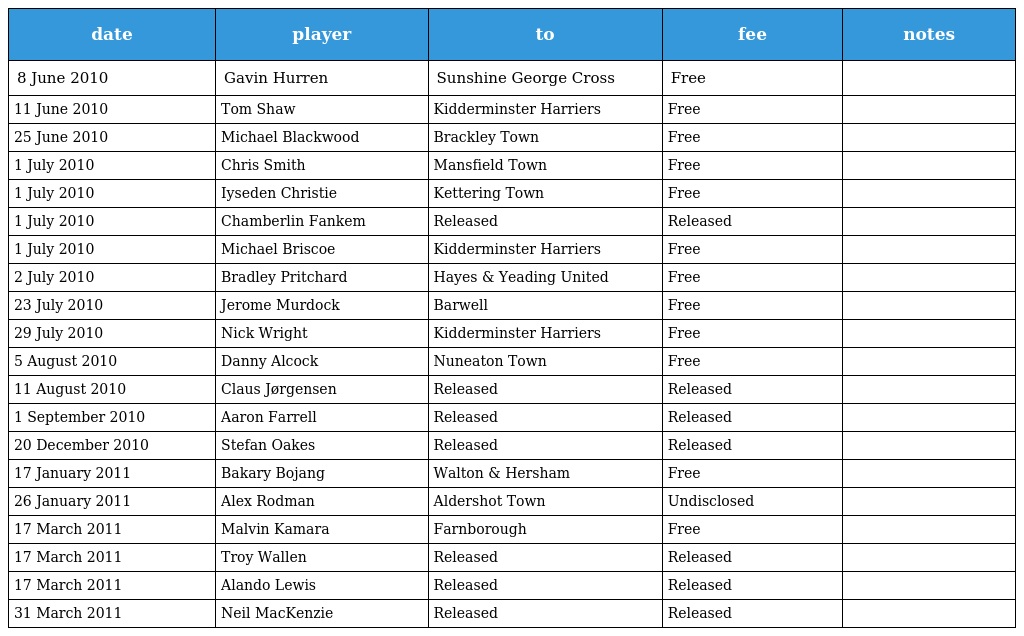
| date | player | to | fee | notes |
 | --- | --- | --- | --- | --- |
 | 8 June 2010 | Gavin Hurren | Sunshine George Cross | Free |  |
 | 11 June 2010 | Tom Shaw | Kidderminster Harriers | Free |  |
 | 25 June 2010 | Michael Blackwood | Brackley Town | Free |  |
 | 1 July 2010 | Chris Smith | Mansfield Town | Free |  |
 | 1 July 2010 | Iyseden Christie | Kettering Town | Free |  |
 | 1 July 2010 | Chamberlin Fankem | Released | Released |  |
 | 1 July 2010 | Michael Briscoe | Kidderminster Harriers | Free |  |
 | 2 July 2010 | Bradley Pritchard | Hayes & Yeading United | Free |  |
 | 23 July 2010 | Jerome Murdock | Barwell | Free |  |
 | 29 July 2010 | Nick Wright | Kidderminster Harriers | Free |  |
 | 5 August 2010 | Danny Alcock | Nuneaton Town | Free |  |
 | 11 August 2010 | Claus Jørgensen | Released | Released |  |
 | 1 September 2010 | Aaron Farrell | Released | Released |  |
 | 20 December 2010 | Stefan Oakes | Released | Released |  |
 | 17 January 2011 | Bakary Bojang | Walton & Hersham | Free |  |
 | 26 January 2011 | Alex Rodman | Aldershot Town | Undisclosed |  |
 | 17 March 2011 | Malvin Kamara | Farnborough | Free |  |
 | 17 March 2011 | Troy Wallen | Released | Released |  |
 | 17 March 2011 | Alando Lewis | Released | Released |  |
 | 31 March 2011 | Neil MacKenzie | Released | Released |  |